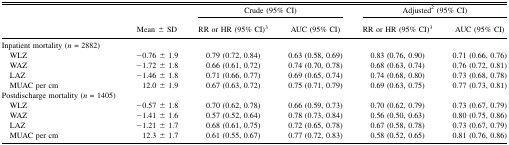
<table><thead><tr><td></td><td></td><td colspan="2"><b>Crude (95% CI)</b></td><td colspan="2"><b>Adjusted<sup>2</sup> (95% CI)</b></td></tr><tr><td></td><td><b>Mean ± SD</b></td><td><b>RR or HR (95% CI)<sup>3</sup></b></td><td><b>AUC (95% CI)</b></td><td><b>RR or HR (95% CI)<sup>3</sup></b></td><td><b>AUC (95% CI)</b></td></tr></thead><tbody><tr><td>Inpatient mortality (<i>n</i> = 2882)</td><td></td><td></td><td></td><td></td><td></td></tr><tr><td> WLZ</td><td>−0.76 ± 1.9</td><td>0.79 (0.72, 0.84)</td><td>0.63 (0.58, 0.69)</td><td>0.83 (0.76, 0.90)</td><td>0.71 (0.66, 0.76)</td></tr><tr><td> WAZ</td><td>−1.72 ± 1.8</td><td>0.66 (0.61, 0.72)</td><td>0.74 (0.70, 0.78)</td><td>0.68 (0.63, 0.74)</td><td>0.76 (0.72, 0.81)</td></tr><tr><td> LAZ</td><td>−1.46 ± 1.8</td><td>0.71 (0.66, 0.77)</td><td>0.69 (0.65, 0.74)</td><td>0.74 (0.68, 0.80)</td><td>0.73 (0.68, 0.78)</td></tr><tr><td> MUAC per cm</td><td>12.0 ± 1.9</td><td>0.67 (0.63, 0.72)</td><td>0.75 (0.71, 0.79)</td><td>0.69 (0.63, 0.75)</td><td>0.77 (0.73, 0.81)</td></tr><tr><td>Postdischarge mortality (<i>n</i> = 1405)</td><td></td><td></td><td></td><td></td><td></td></tr><tr><td> WLZ</td><td>−0.57 ± 1.8</td><td>0.70 (0.62, 0.78)</td><td>0.66 (0.59, 0.73)</td><td>0.70 (0.62, 0.79)</td><td>0.73 (0.67, 0.79)</td></tr><tr><td> WAZ</td><td>−1.41 ± 1.6</td><td>0.57 (0.52, 0.64)</td><td>0.78 (0.73, 0.84)</td><td>0.56 (0.50, 0.63)</td><td>0.80 (0.75, 0.86)</td></tr><tr><td> LAZ</td><td>−1.21 ± 1.7</td><td>0.68 (0.61, 0.75)</td><td>0.72 (0.65, 0.78)</td><td>0.67 (0.58, 0.78)</td><td>0.73 (0.67, 0.79)</td></tr><tr><td> MUAC per cm</td><td>12.3 ± 1.7</td><td>0.61 (0.55, 0.67)</td><td>0.77 (0.72, 0.83)</td><td>0.58 (0.52, 0.65)</td><td>0.81 (0.76, 0.86)</td></tr></tbody></table>